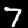
Digit: 7